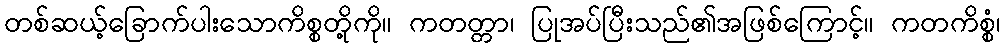
တစ်ဆယ့်ခြောက်ပါးသောကိစ္စတို့ကို။ ကတတ္တာ၊ ပြုအပ်ပြီးသည်၏အဖြစ်ကြောင့်။ ကတကိစ္စံ၊